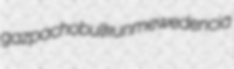
gazpacho bulk unmewed encia